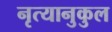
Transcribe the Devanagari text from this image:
नृत्यानुकुल